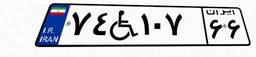
۷۴W۱۰۷۶۶